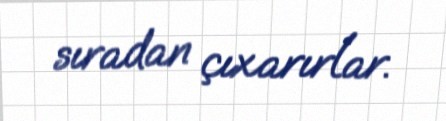
sıradan çıxarırlar.